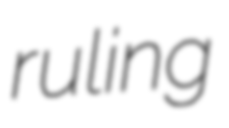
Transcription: ruling